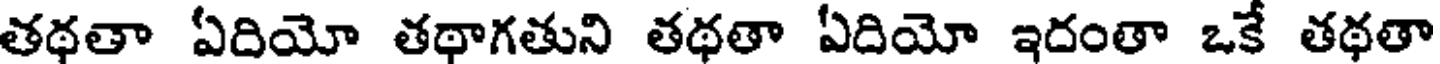
తథతా ఏదియో తథాగతుని తథతా ఏదియో ఇదంతా ఒకే తథతా